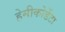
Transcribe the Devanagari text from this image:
हेमीकोर्डेटा